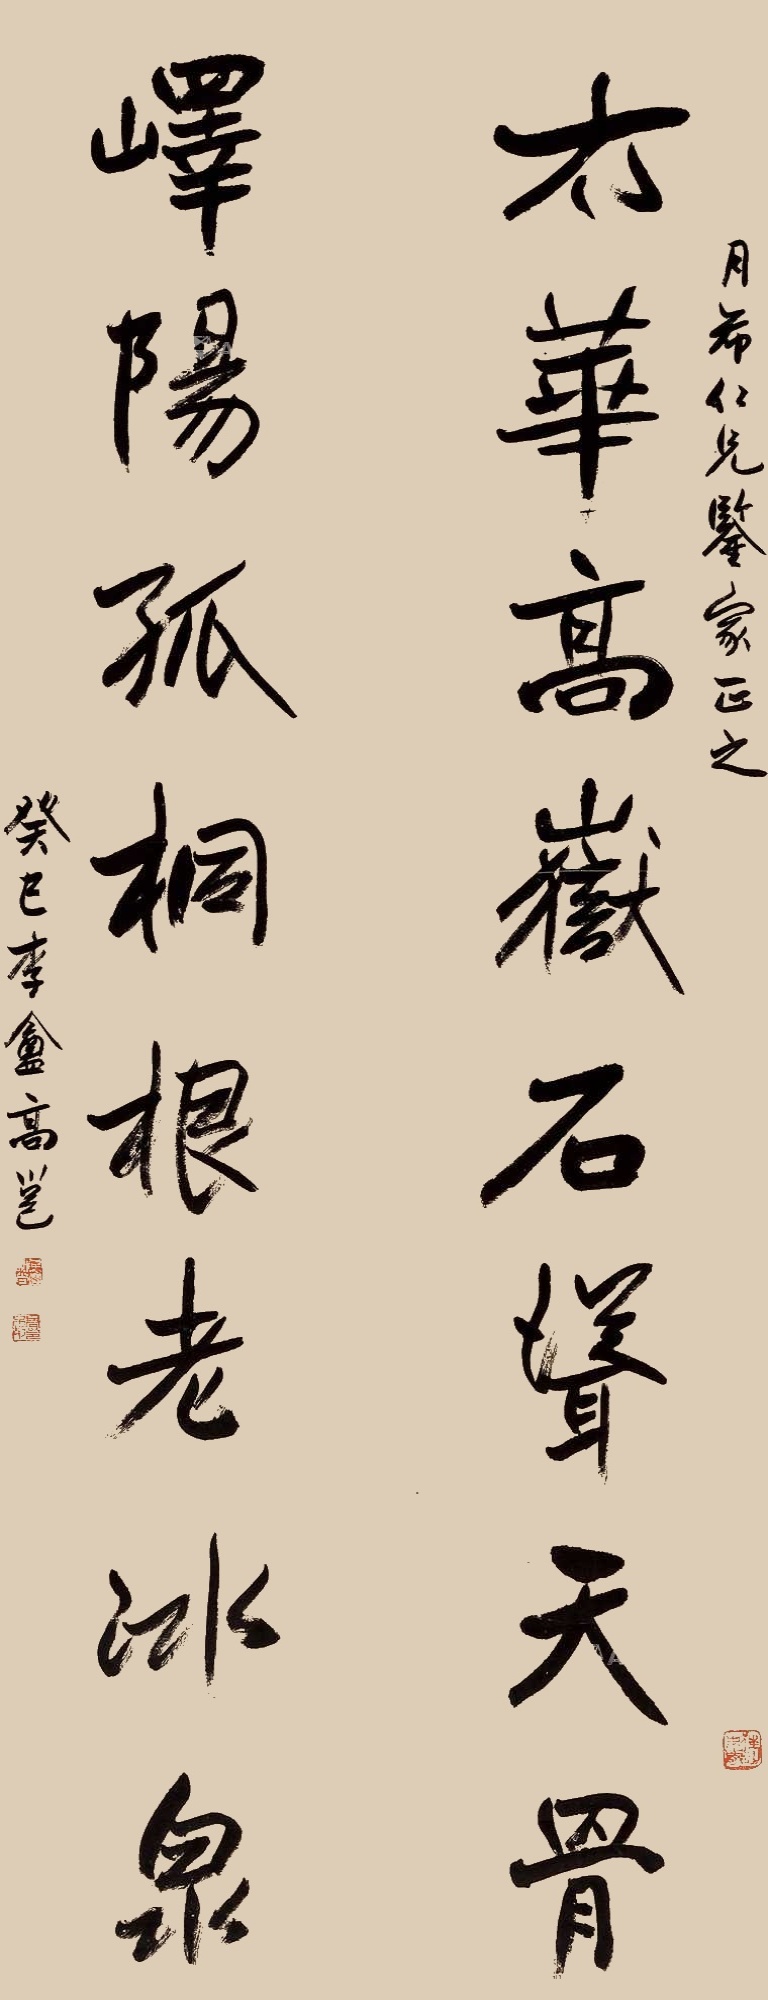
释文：太华高岳石耸天骨，峄阳孤桐根老冰泉。月希仁兄鉴家正之，癸巳李盦高邕。